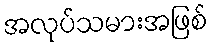
အလုပ်သမားအဖြစ်